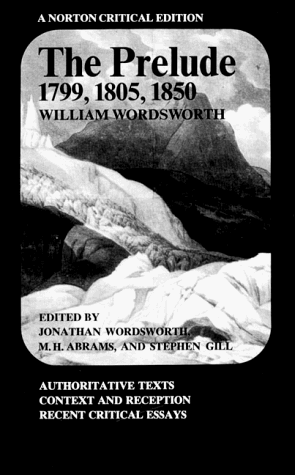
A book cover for The Prelude: 1799, 1805, 1850 (Norton Critical Editions); William Wordsworth; Literature & Fiction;